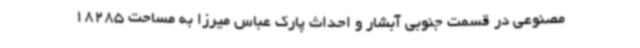
مصنوعی در قسمت جنوبی آبشار و احداث پارک عباس میرزا به مساحت 18285